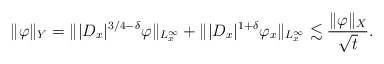
\begin{align*} \|\varphi\|_Y=\||D_x|^{3/4-\delta}\varphi\|_{L_x^{\infty}}+\||D_x|^{1+\delta}\varphi_x\|_{L_x^{\infty}}\lesssim\frac{\|\varphi\|_X}{\sqrt{t}}.\end{align*}